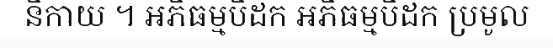
និកាយ ។ អភិធម្មបិដក អភិធម្មបិដក ប្រមូល